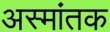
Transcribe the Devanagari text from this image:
अस्मांतक